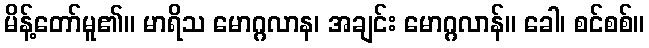
မိန့်တော်မူ၏။ မာရိသ မောဂ္ဂလာန၊ အချင်း မောဂ္ဂလာန်။ ခေါ၊ စင်စစ်။